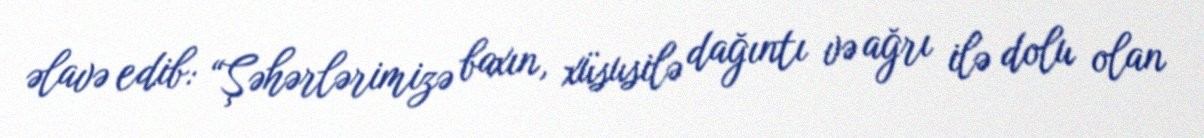
əlavə edib: “Şəhərlərimizə baxın, xüsusilə dağıntı və ağrı ilə dolu olan